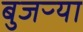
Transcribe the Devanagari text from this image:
बुजऱ्या